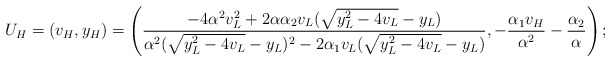
\begin{align*}U_H=(v_H,y_H)=\left(\frac{-4\alpha^2 v_L^2+2\alpha \alpha_2 v_L(\sqrt{y_L^2-4v_L}-y_L)}{\alpha^2(\sqrt{y_L^2-4v_L}-y_L)^2-2\alpha_1 v_L(\sqrt{y_L^2-4v_L}-y_L)}, -\frac{\alpha_1v_H}{\alpha^2}-\frac{\alpha_2}{\alpha} \right);\end{align*}